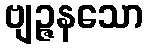
ဗျဉ္ဇနသော